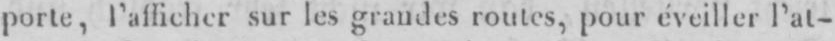
porte, l’afficher sur les grandes routes, pour éveillerl’at-